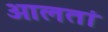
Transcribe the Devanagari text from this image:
आलतां